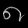
Digit: ၈